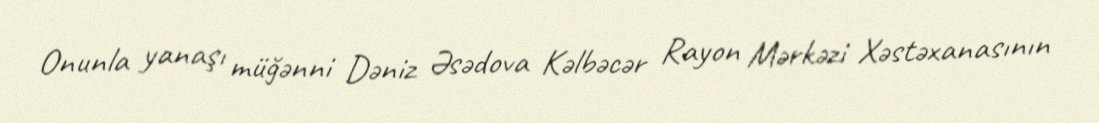
Onunla yanaşı müğənni Dəniz Əsədova Kəlbəcər Rayon Mərkəzi Xəstəxanasının